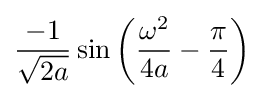
{\frac {-1}{\sqrt {2a}}}\sin \left({\frac {\omega ^{2}}{4a}}-{\frac {\pi }{4}}\right)